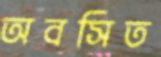
অবসিত